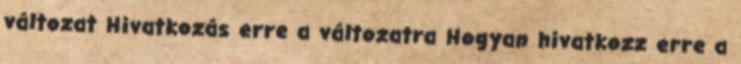
változat Hivatkozás erre a változatra Hogyan hivatkozz erre a